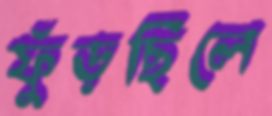
ফুঁড়ছিলে